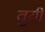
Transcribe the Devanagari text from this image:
वुयी